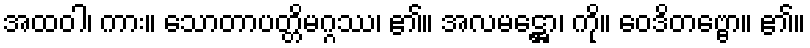
အထဝါ၊ ကား။ သောတာပတ္တိမဂ္ဂဿ၊ ၏။ အလမဋ္ဌော၊ ကို။ ဝေဒိတဗ္ဗော။ ၏။